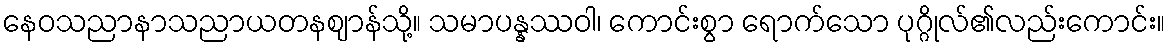
နေဝသညာနာသညာယတနဈာန်သို့။ သမာပန္နဿဝါ၊ ကောင်းစွာ ရောက်သော ပုဂ္ဂိုလ်၏လည်းကောင်း။